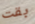
بقت